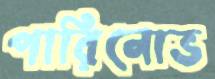
পারিনোভ